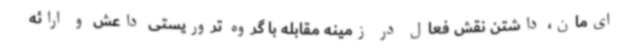
ای‌مان، داشتن نقش فعال در زمینه مقابله با گروه تروریستی داعش و ارائه